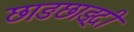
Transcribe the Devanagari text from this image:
छाङछाङ्दी